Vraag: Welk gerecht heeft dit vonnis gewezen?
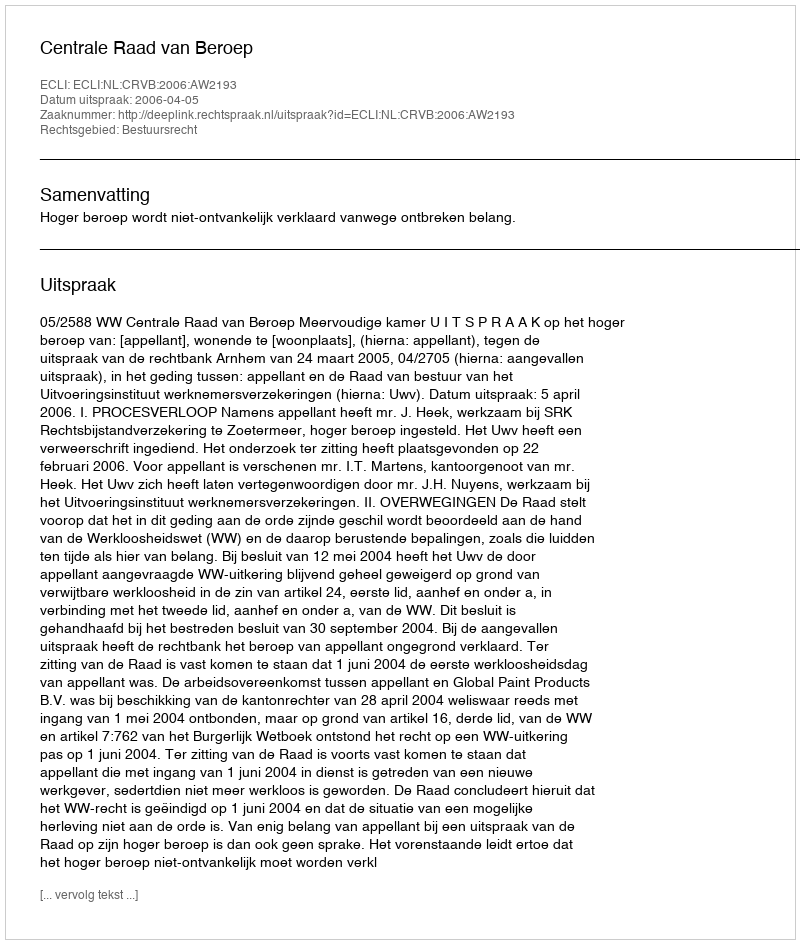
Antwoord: Centrale Raad van Beroep